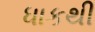
ધાકથી